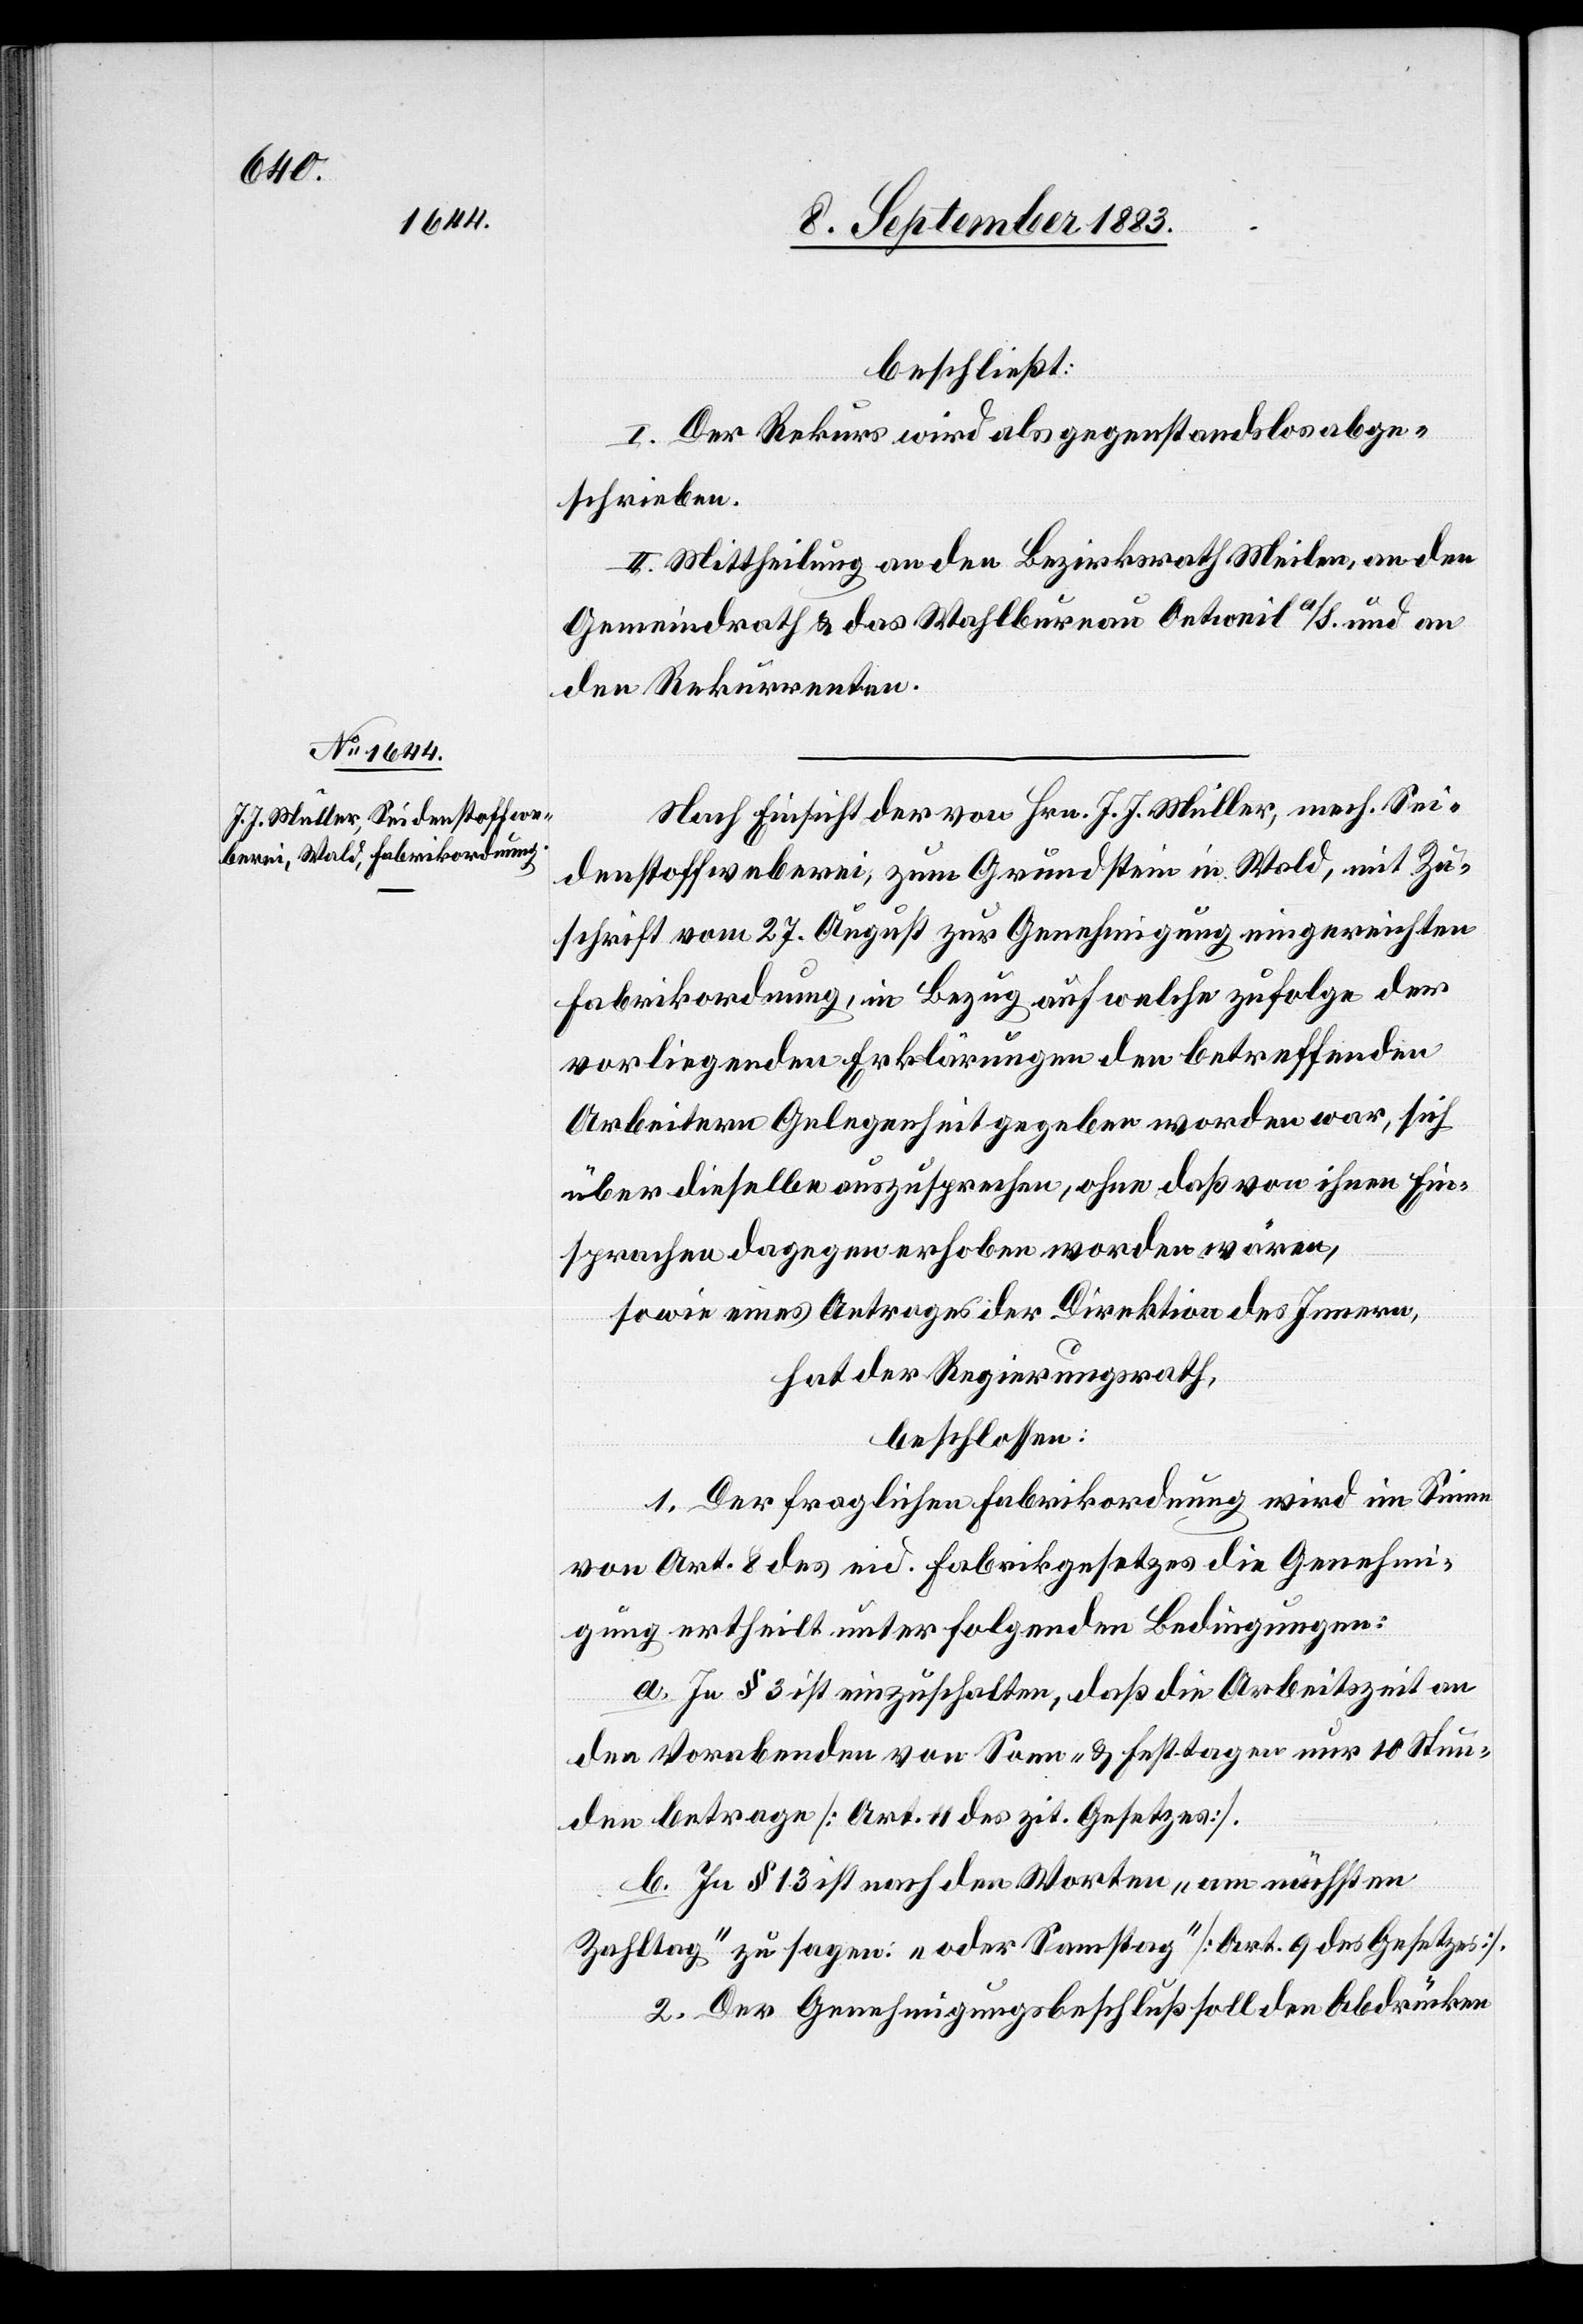
beschließt:
I. Der Rekurs wird als gegenstandslos abge¬
schrieben.
II. Mittheilung an den Bezirksrath Meilen, an den
Gemeindrath & an das Wahlbureau Oetweil a/S. und an
den Rekurrenten.
Nach Einsicht der von Hrn. J. J. Müller, mech. Sei¬
denstoffweberei, zum Grundstein in Wald, mit Zu¬
schrift vom 27. August zur Genehmigung eingereichten
Fabrikordnung, in Bezug auf welche zufolge der
vorliegenden Erklärungen den betreffenden
Arbeitern Gelegenheit gegeben worden war, sich
über dieselbe auszusprechen, ohne daß von ihnen Ein¬
sprachen dagegen erhoben worden wären,
sowie eines Antrages der Direktion des Innern,
hat der Regierungsrath,
beschlossen:
1. Der fraglichen Fabrikordnung wird im Sinne
von Art. 8 des eid. Fabrikgesetzes die Genehmi¬
gung ertheilt unter folgenden Bedingungen:
a. In § 3 ist einzuschalten, daß die Arbeitszeit an
den Vorabenden von Sonn- & Festtagen nur 10 Stun¬
den betrage [Art. 11 des zit. Gesetzes].
b. In § 13 ist nach den Worten „am nächsten
Zahltag“ zu sagen: „oder Samstag“ [Art. 9 des Gesetzes].
2. Der Genehmigungsbeschluß soll den Abdrücken